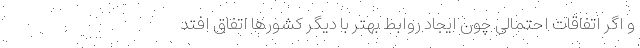
و اگر اتفاقات احتمالی چون ایجاد روابط بهتر با دیگر کشورها اتفاق افتد